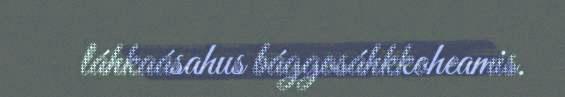
láhkaásahus bággosáhkkoheamis.